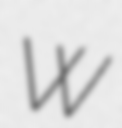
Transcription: W